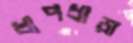
ধাপধাড়া